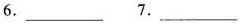
6.___ 7.___